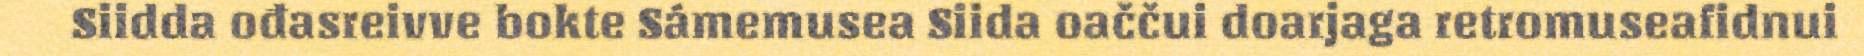
Siidda ođasreivve bokte Sámemusea Siida oaččui doarjaga retromuseafidnui